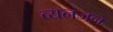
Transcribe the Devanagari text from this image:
व्यनजन